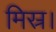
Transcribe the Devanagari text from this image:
मिस्र।